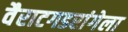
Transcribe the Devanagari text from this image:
वैराटगडरांगेला